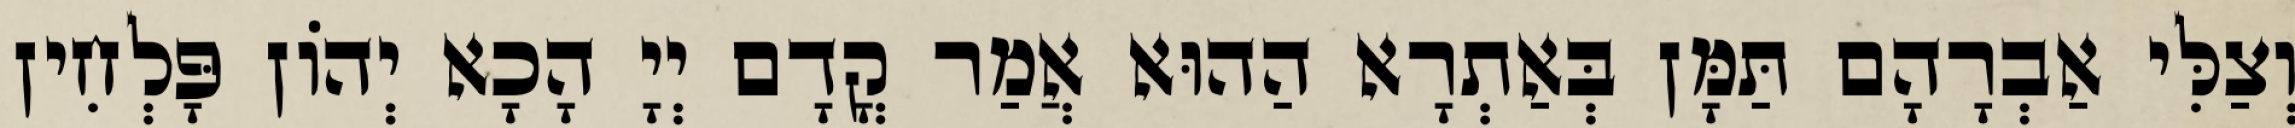
וְצַלִּי אַבְרָהָם תַּמָּן בְּאַתְרָא הַהוּא אֲמַר קֳדָם יְיָ הָכָא יְהוֹן פָּלְחִין